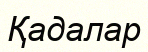
Қадалар